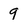
Character: 9